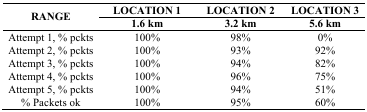
<table><thead><tr><td rowspan="3"><b>RANGE</b></td><td><b>LOCATION 1</b></td><td><b>LOCATION 2</b></td><td><b>LOCATION 3</b></td></tr><tr><td><b>1.6 km</b></td><td><b>3.2 km</b></td><td><b>5.6 km</b></td></tr></thead><tbody><tr><td>Attempt 1, % pckts</td><td>100%</td><td>98%</td><td>0%</td></tr><tr><td>Attempt 2, % pckts</td><td>100%</td><td>93%</td><td>92%</td></tr><tr><td>Attempt 3, % pckts</td><td>100%</td><td>94%</td><td>82%</td></tr><tr><td>Attempt 4, % pckts</td><td>100%</td><td>96%</td><td>75%</td></tr><tr><td>Attempt 5, % pckts</td><td>100%</td><td>94%</td><td>51%</td></tr><tr><td>% Packets ok</td><td>100%</td><td>95%</td><td>60%</td></tr></tbody></table>